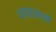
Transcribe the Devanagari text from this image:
पगारासाठी